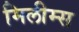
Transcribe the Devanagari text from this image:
मिलीम्स